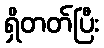
ရှိတတ်ပြီး